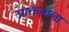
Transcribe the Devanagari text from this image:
प्राक्तनाला